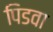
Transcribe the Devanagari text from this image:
पिडवा